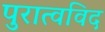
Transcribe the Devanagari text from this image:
पुरात्वविद